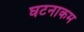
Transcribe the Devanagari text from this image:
घटनाकम